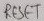
Text: RESET